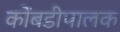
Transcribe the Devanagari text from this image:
कोंबडीपालक